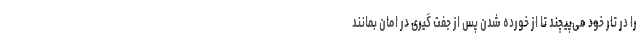
را در تار خود می‌پیچند تا از خورده شدن پس از جفت گیری در امان بمانند